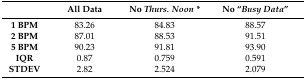
<table><thead><tr><td></td><td><b>All Data</b></td><td><b>No <i>Thurs. Noon *</i></b></td><td><b>No “<i>Busy Data</i>”</b></td></tr></thead><tbody><tr><td><b>1 BPM</b></td><td>83.26</td><td>84.83</td><td>88.57</td></tr><tr><td><b>2 BPM</b></td><td>87.01</td><td>88.53</td><td>91.51</td></tr><tr><td><b>5 BPM</b></td><td>90.23</td><td>91.81</td><td>93.90</td></tr><tr><td><b>IQR</b></td><td>0.87</td><td>0.759</td><td>0.591</td></tr><tr><td><b>STDEV</b></td><td>2.82</td><td>2.524</td><td>2.079</td></tr></tbody></table>